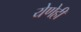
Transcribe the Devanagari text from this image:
येणेही